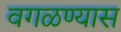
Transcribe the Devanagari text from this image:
वगळण्यास